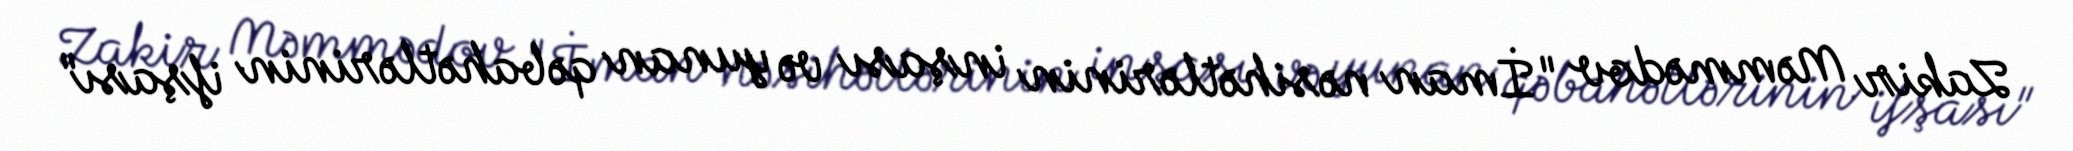
Zakir Məmmədov "İman nəsihətlərinin inşası və yunan qəbahətlərinin ifşası"